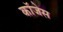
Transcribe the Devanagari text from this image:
कॉजेस